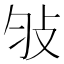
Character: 𢻸